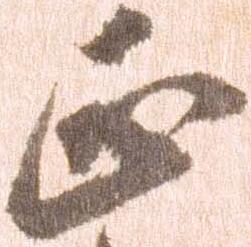
正